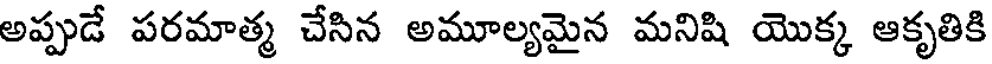
అప్పుడే పరమాత్మ చేసిన అమూల్యమైన మనిషి యొక్క ఆకృతికి